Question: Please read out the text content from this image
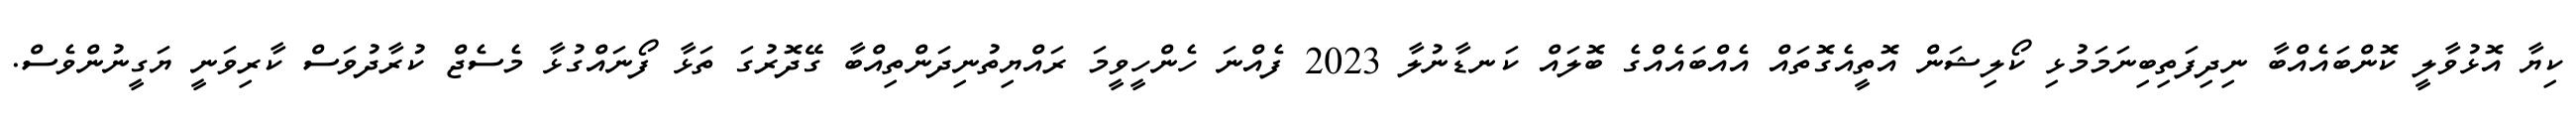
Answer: ކިޔާ އޮޅުވާލީ ކޮންބައެއްބާ ނިދިފަތިބިނަމަމުޅި ކޯލިޝަން އޮތީއެގޮތައް އެއްބައެއްގެ ބޮލައް ކަނޑާނުލާ 2023 ފެއްނަ ހެންހީވީމަ ރައްޔިތުނިދަންތިއްބާ ގޭދޮރުގަ ތަޅާ ފޯނައްގުޅާ މެސެޖް ކުރާދުވަސް ކާރިވަނީ ޔަގީނުންވެސް.